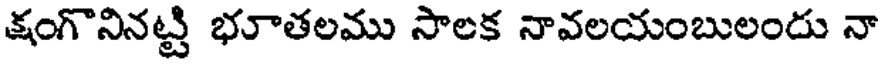
క్షంగొనినట్టి భూతలము సాలక నావలయంబులందు నా